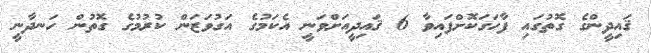
ޤައިދީންގެ ގޮތުގައި ފާހަގަކޮށްފައިވާ 6 ޤައިދީއަށްވަނީ އެކަމުގެ އަގުވަޒަން ކުރުމުގެ ގޮތުން ހަނދާނީ